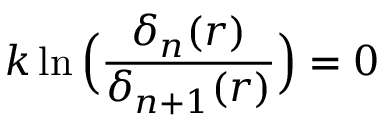
k \ln \Big ( { \frac { \delta _ { n } ( r ) } { \delta _ { n + 1 } ( r ) } } \Big ) = 0